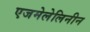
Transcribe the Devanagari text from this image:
एजमेलेलिनीन